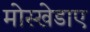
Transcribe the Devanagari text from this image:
मोस्खेडाए